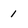
Character: 1